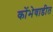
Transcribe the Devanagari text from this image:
कोंभेवाडीत